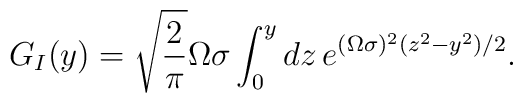
G_I(y)=\sqrt{2\over\pi}\Omega\sigma\int_0^y dz\,e^{(\Omega\sigma)^2(z^2-y^2)/2}.